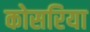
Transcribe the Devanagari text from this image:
कोसरिया